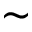
\sim